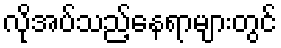
လိုအပ်သည့်နေရာများတွင်